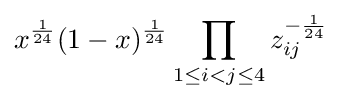
x^{\frac {1}{24}}(1-x)^{\frac {1}{24}}\prod _{1\leq i<j\leq 4}z_{ij}^{-{\frac {1}{24}}}